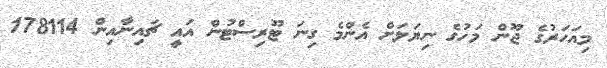
މިއަހަރުގެ ޖޫން މަހުގެ ނިޔަލަށް އެންމެ ގިނަ ޓޫރިސްޓުން އައީ ޗައިނާއިން 178114